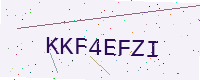
Text: KKF4EFZI